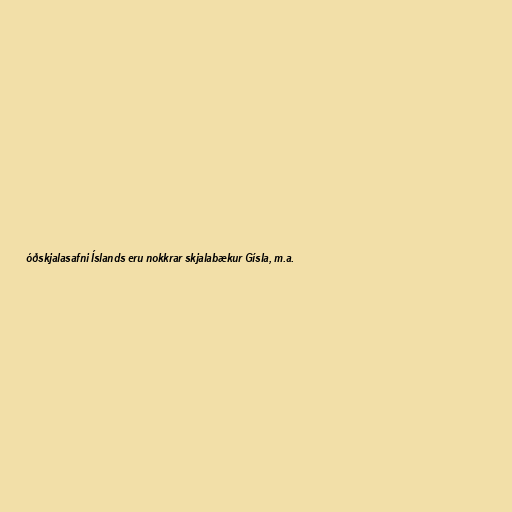
óðskjalasafni Íslands eru nokkrar skjalabækur Gísla, m.a.